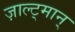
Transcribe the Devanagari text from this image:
ज़ाल्ट्मान्